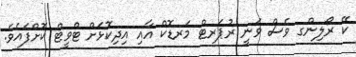
ކޭ ރޯލިންގ ވެސް ވަނީ ރުޕަރޓް މަރޑޮކް އާއި އިދިކޮޅަށް ޓްވީޓް ކޮށްފައެވެ.